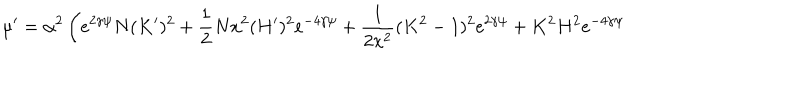
LaTeX: \mu ^ { \prime } = \alpha ^ { 2 } \left( e ^ { 2 \gamma \psi } N ( K ^ { \prime } ) ^ { 2 } + \frac { 1 } { 2 } N x ^ { 2 } ( H ^ { \prime } ) ^ { 2 } e ^ { - 4 \gamma \psi } + \frac { 1 } { 2 x ^ { 2 } } ( K ^ { 2 } - 1 ) ^ { 2 } e ^ { 2 \gamma \psi } + K ^ { 2 } H ^ { 2 } e ^ { - 4 \gamma \psi } \right.